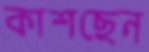
কাশছেন